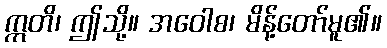
ဣတိ၊ ဤသို့။ အဝေါစ၊ မိန့်တော်မူ၏။